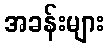
အခန်းများ